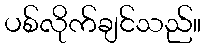
ပစ်လိုက်ချင်သည်။